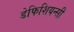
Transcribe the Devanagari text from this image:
डेफिशियन्सी